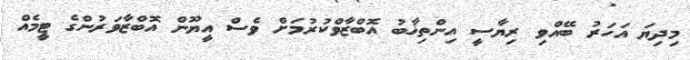
މިދިޔަ އަހަރު ބޭއްވި ރިޔާސީ އިންތިޚާބު އޮބްޒާވްކުރުމަށް ވެސް އީޔޫން އޮބްޒާވަރުންގެ ޓީމެއް